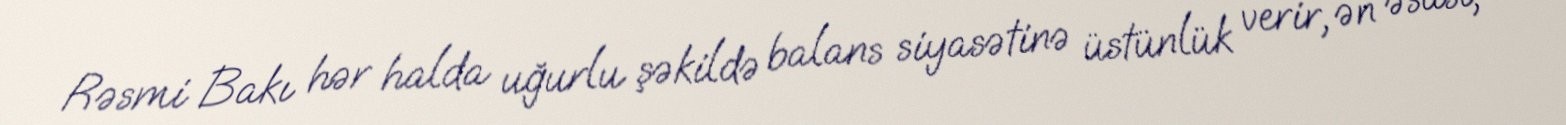
Rəsmi Bakı hər halda uğurlu şəkildə balans siyasətinə üstünlük verir, ən əsası,